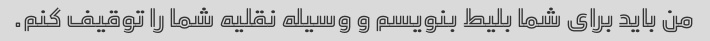
من باید برای شما بلیط بنویسم و ​​وسیله نقلیه شما را توقیف کنم.